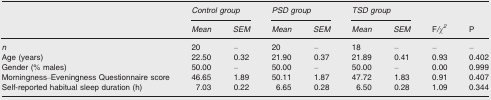
| <ROWSPAN=2>  | <COLSPAN=2> Control group | <COLSPAN=2> PSD group | <COLSPAN=2> TSD group | <ROWSPAN=2> F/χ2 | <ROWSPAN=2> P |
 | Mean | SEM | Mean | SEM | Mean | SEM |
 | --- | --- | --- | --- | --- | --- | --- | --- | --- |
 | n | 20 | – | 20 | – | 18 | – | – | – |
 | Age (years) | 22.50 | 0.32 | 21.90 | 0.37 | 21.89 | 0.41 | 0.93 | 0.402 |
 | Gender (% males) | 50.00 | – | 50.00 | – | 50.00 | – | 0.00 | 0.999 |
 | Morningness–Eveningness Questionnaire score | 46.65 | 1.89 | 50.11 | 1.87 | 47.72 | 1.83 | 0.91 | 0.407 |
 | Self‐reported habitual sleep duration (h) | 7.03 | 0.22 | 6.65 | 0.28 | 6.50 | 0.28 | 1.09 | 0.344 |